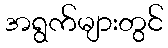
အရွက်များတွင်